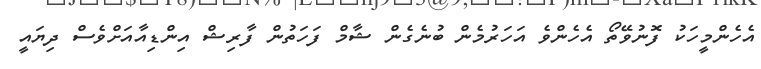
އެހެންމީހަކު ފޮނުވޭތޯ އެހެންވެ އަހަރުމެން ބުނެގެން ޝާމް ފަހަތުން ފާރިޝް އިންޑިއާއަށްވެސް ދިޔައީ